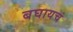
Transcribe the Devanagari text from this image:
बघायचं